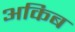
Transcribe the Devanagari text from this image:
अकिब